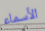
الأسماء